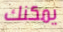
يمكنك